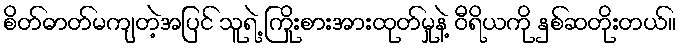
စိတ်ဓာတ်မကျတဲ့အပြင် သူရဲ့ ကြိုးစားအားထုတ်မှုနဲ့ ဝီရိယကို နှစ်ဆတိုးတယ်။